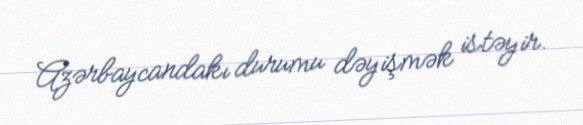
Azərbaycandakı durumu dəyişmək istəyir.